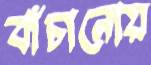
বাঁচানোয়